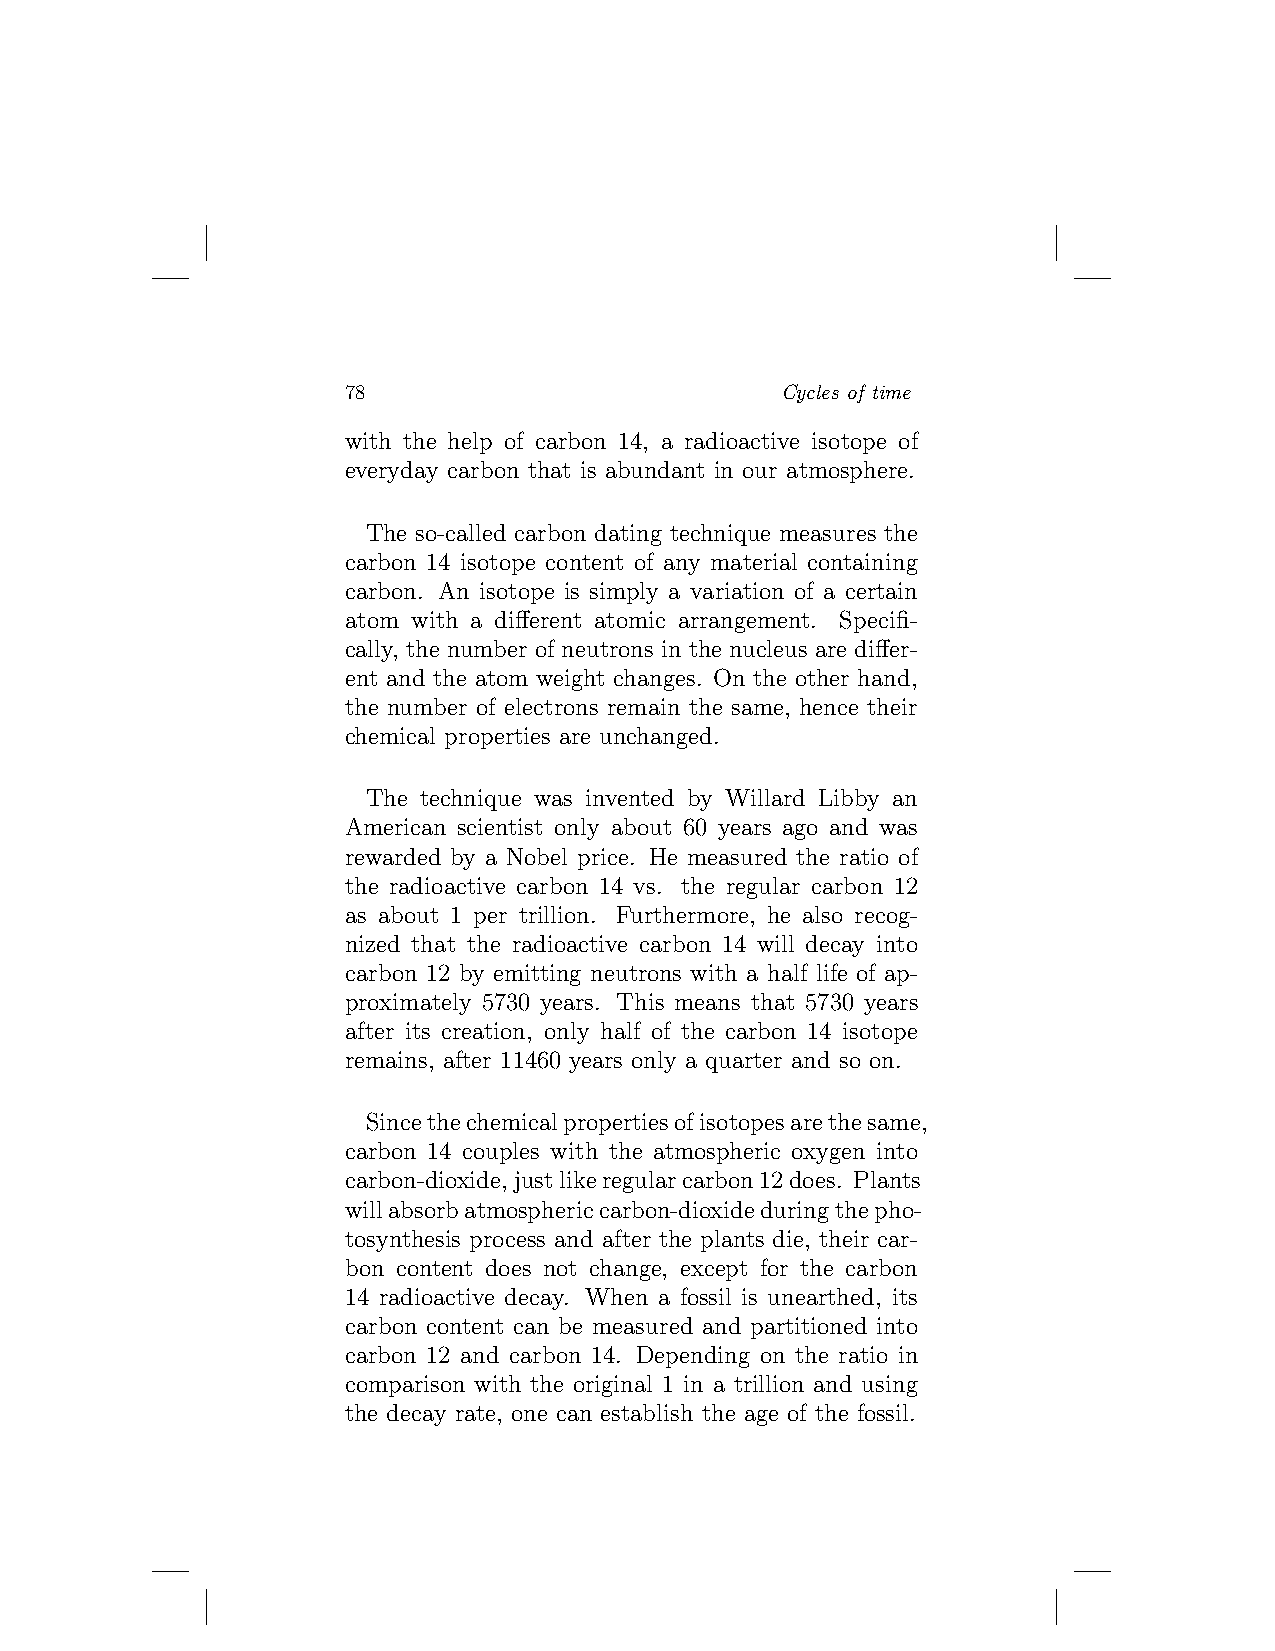
78                           Cycles of time
 with the help of carbon 14, a radioactive isotope of
 everyday carbon that is abundant in our atmosphere.
 The so-called carbon dating technique measures the
 carbon 14 isotope content of any material containing
 carbon. An isotope is simply a variation of a certain
 atom with a different atomic arrangement. Specifi-
 cally, the number of neutrons in the nucleus are differ-
 ent and the atom weight changes. On the other hand,
 the number of electrons remain the same, hence their
 chemical properties are unchanged.
 The technique was invented by Willard Libby an
 American scientist only about 60 years ago and was
 rewarded by a Nobel price. He measured the ratio of
 the radioactive carbon 14 vs. the regular carbon 12
 as about 1 per trillion. Furthermore, he also recog-
 nized that the radioactive carbon 14 will decay into
 carbon 12 by emitting neutrons with a half life of ap-
 proximately 5730 years. This means that 5730 years
 after its creation, only half of the carbon 14 isotope
 remains, after 11460 years only a quarter and so on.
 Sincethechemicalpropertiesofisotopesarethesame,
 carbon 14 couples with the atmospheric oxygen into
 carbon-dioxide,justlikeregularcarbon12does. Plants
 willabsorbatmosphericcarbon-dioxideduringthepho-
 tosynthesis process and after the plants die, their car-
 bon content does not change, except for the carbon
 14 radioactive decay. When a fossil is unearthed, its
 carbon content can be measured and partitioned into
 carbon 12 and carbon 14. Depending on the ratio in
 comparison with the original 1 in a trillion and using
 the decay rate, one can establish the age of the fossil.